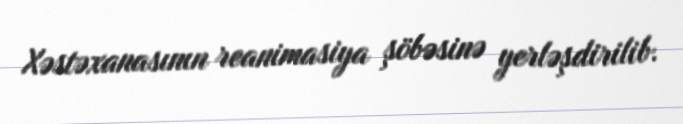
Xəstəxanasının reanimasiya şöbəsinə yerləşdirilib.